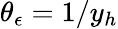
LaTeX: \theta_{\epsilon}=1/y_{h}